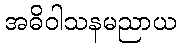
အဓိဝါသနမညာယ